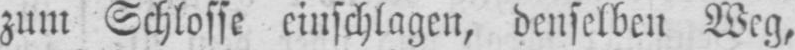
zum Schlosse einschlagen, denselben Weg,